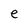
Character: e